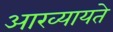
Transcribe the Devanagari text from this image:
आख्यायते